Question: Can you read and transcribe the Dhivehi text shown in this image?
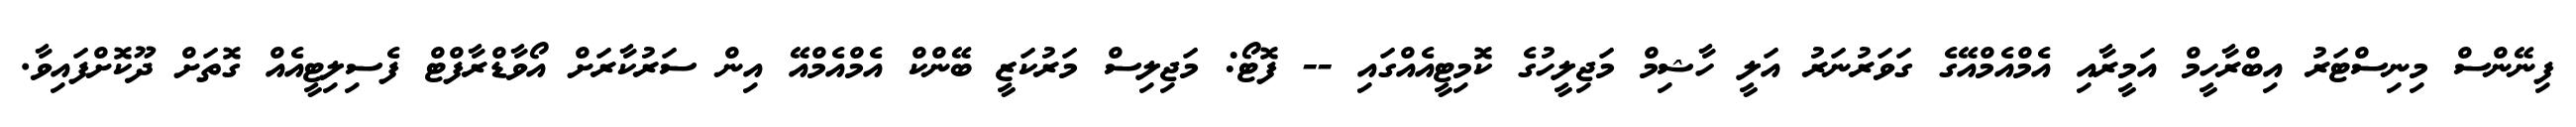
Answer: ފިނޭންސް މިނިސްޓަރު އިބްރާހީމް އަމީރާއި އެމްއެމްއޭގެ ގަވަރުނަރު އަލީ ހާޝިމް މަޖިލީހުގެ ކޮމިޓީއެއްގައި -- ފޮޓޯ: މަޖިލިސް މަރުކަޒީ ބޭންކް އެމްއެމްއޭ އިން ސަރުކާރަށް އޯވާޑްރާފްޓް ފެސިލިޓީއެއް ގޮތަށް ދޫކޮށްފައިވާ.